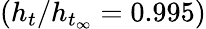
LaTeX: (h_{t}/h_{t_{\infty}}=0.995)